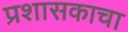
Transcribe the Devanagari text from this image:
प्रशासकाचा